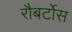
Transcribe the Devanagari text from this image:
रौबर्टोस